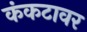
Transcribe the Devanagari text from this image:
कंकटावर